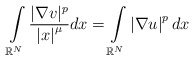
\begin{align*}\int\limits_{\mathbb{R}^{N}}\frac{|\nabla v|^{p}}{\left\vert x\right\vert ^{\mu}}dx=\int\limits_{\mathbb{R}^{N}}\left\vert \nabla u\right\vert ^{p}dx\end{align*}